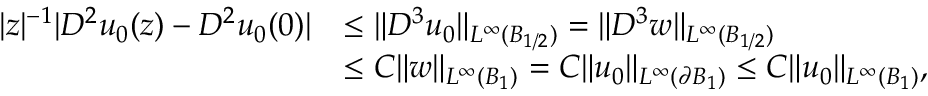
\begin{array} { r l } { | z | ^ { - 1 } | D ^ { 2 } u _ { 0 } ( z ) - D ^ { 2 } u _ { 0 } ( 0 ) | } & { \le \| D ^ { 3 } u _ { 0 } \| _ { L ^ { \infty } ( B _ { 1 / 2 } ) } = \| D ^ { 3 } w \| _ { L ^ { \infty } ( B _ { 1 / 2 } ) } } \\ & { \le C \| w \| _ { L ^ { \infty } ( B _ { 1 } ) } = C \| u _ { 0 } \| _ { L ^ { \infty } ( \partial B _ { 1 } ) } \le C \| u _ { 0 } \| _ { L ^ { \infty } ( B _ { 1 } ) } , } \end{array}